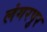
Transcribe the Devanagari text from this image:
लंगरपुर